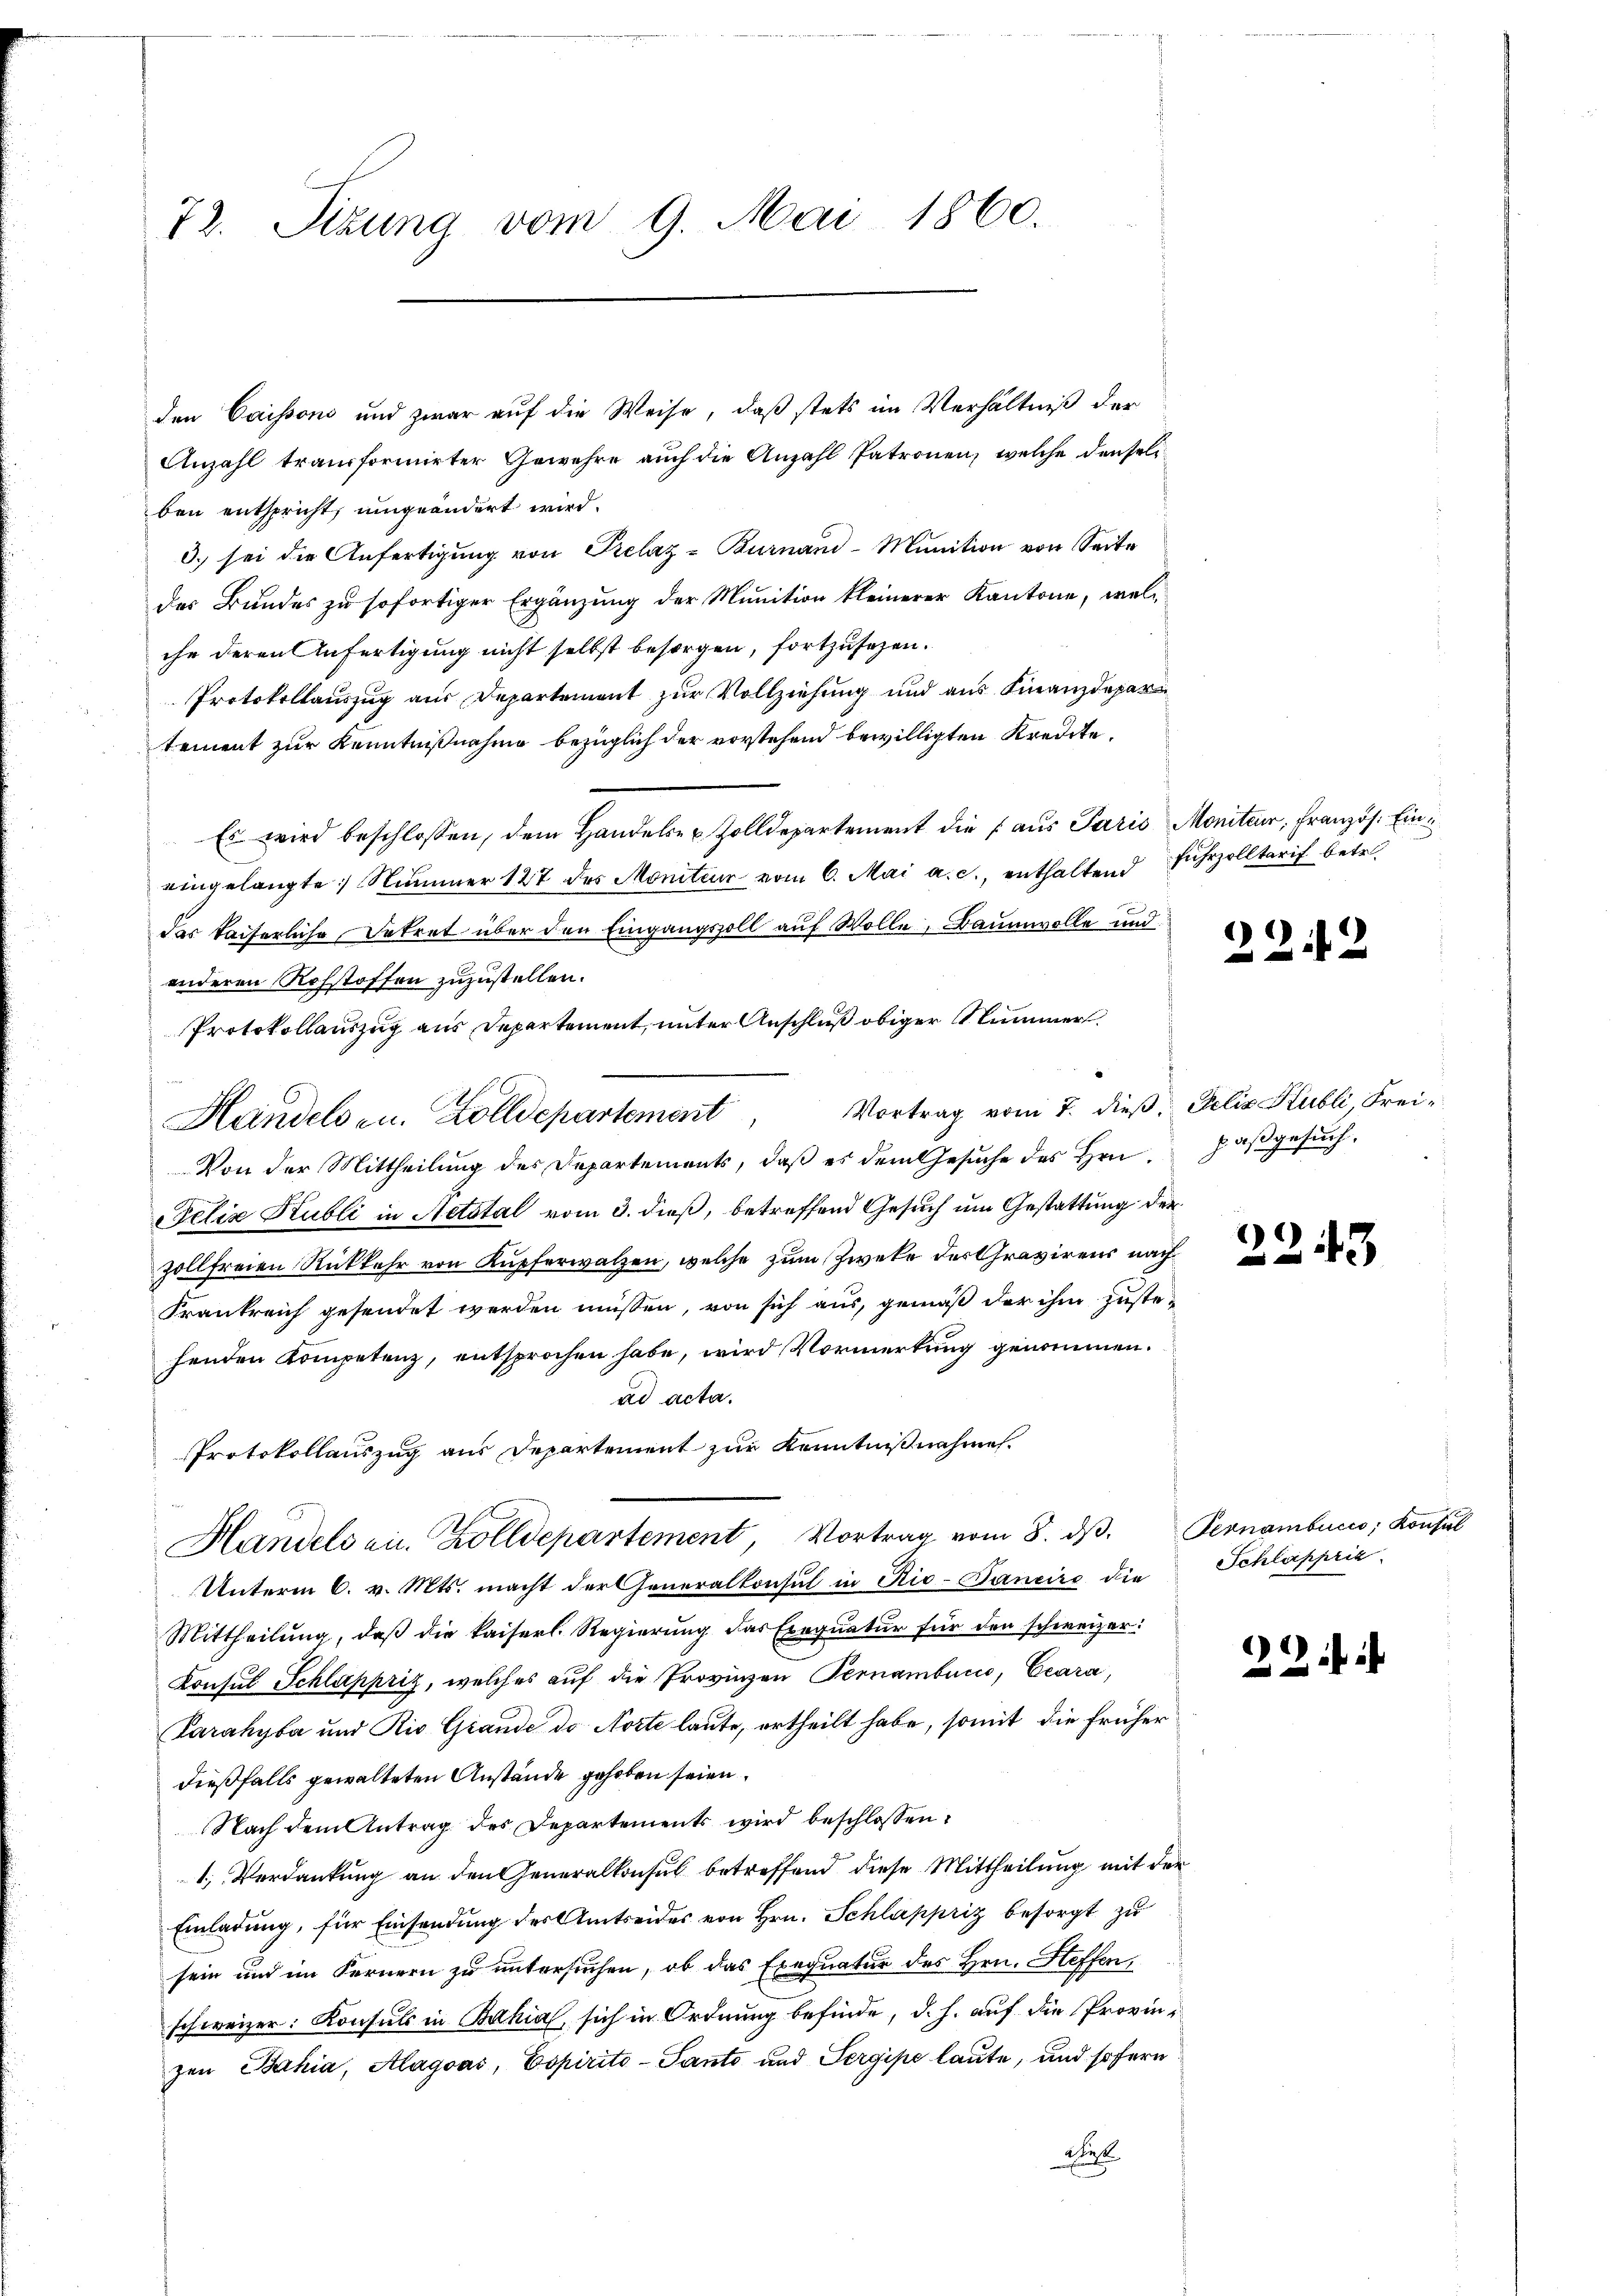
72. Sizung vom 9. Mai 1860.

den Caissono und zwar auf die Weise, daß stets im Verhältniß der
Anzahl transformirter Gewehre auch die Anzahl Patronen, welche denseliben entspricht, umgeändert wird.
3. sei die Anfertigung von Prelaz-Burnaud-Munition von Seite
des Bundes zu sofortiger Ergänzung der Munition kleinerer Kantone, welche deren Anfertigung nicht selbst besorgen, fortzusehen.
Protokollauszug aus Departement zur Vollziehung und aus Finanzdepar
tement zur Kenntnißnahme bezüglich der vorstehend bewilligten Kredite.
Es wird beschlossen, dem Handelser Zolldepartement die aus Paris Monitarr, Französ. Ein
eingelangte Nummer 127 des Moniteur vom 6. Mai a. c., enthaltend Fuhrzolltarif betre
das kaiserliche Betrat über den Eingangszoll auf Wolle, Baumwolle und
anderen Rohstoffen zuzustellen.
Protokollauszug aus Departement, unter Anschluß obiger Klummer.
Handelsen. Zolldepartement, Vortrag vom 7. dieβ, Felix Hubli, Frei¬
Von der Mittheilung des Departements, daß es dem Gesuche des Hrn.
Felix Kubli in Netstal vom 3. dieß, betreffend Gesuch um Gestattung der
zollfreien Rückkehr von Kupferwalzen, welche zum Zweke des Gravirens nach
Frankreich gesendet werden müssen, von sich aus, gemäß der ihm zustehenden Kompetenz, entsprochen habe, wird Vormerkung genommen.
ad acta.
Protokollauszug aus Departement zur Kenntnißnahmen.
Handels au. Zolldepartement, Vortrag vom 8. dβ. Pernambucio; Konsul
Unterm 6. v. Mts. macht der Generalkonsul in Rio-Bancire die
Mittheilŭng, daβ die kaiserl. Regierŭng das Exeqŭatŭr für den schweizer:
Konsul Schlappriz, welches auf die Provinzen Pernambucio, Ceara,
Parahyba und Rio Grande de Norte laute, ertheilt habe, somit die früher
dießfalls gewalteten Anstände gehoben seien.
Nach dem Antrag des Departements wird beschlossen:
1. Verdankung an den Generalkonsul betreffend diese Mittheilung mit der
Einladung, für Einsendung des Amtseides von Hrn. Schlappriz besorgt zu
sein und im Fernern zu untersuchen, ob das Exequatur des Hrn. Steffen,
schweizer. Konsuls in Bahia, sich in Ordnung befinde, d. h. auf die Provinzen Bahia, Alagoas, Espirito - Panto und Sergipe laute, und sofern
hist

22.

paßgesuch.

)

Schlappria

22.

5